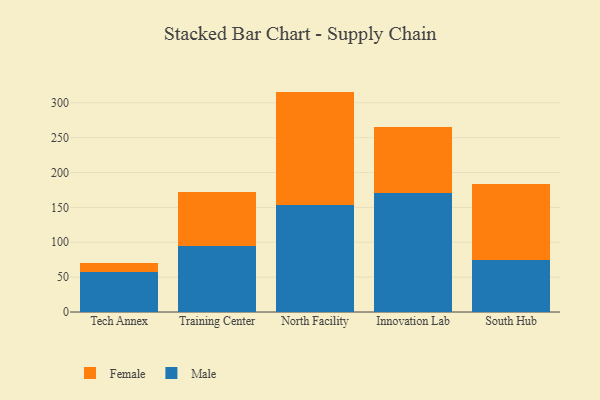
{"axis": {"x": "Campus", "y": "Tickets Resolved"}, "legend": ["Female", "Male"], "data": [{"x": "Tech Annex", "y": 57.3, "type": "Male"}, {"x": "Tech Annex", "y": 13.5, "type": "Female"}, {"x": "Training Center", "y": 94.4, "type": "Male"}, {"x": "Training Center", "y": 78.3, "type": "Female"}, {"x": "North Facility", "y": 153.9, "type": "Male"}, {"x": "North Facility", "y": 162.1, "type": "Female"}, {"x": "Innovation Lab", "y": 170.8, "type": "Male"}, {"x": "Innovation Lab", "y": 94.5, "type": "Female"}, {"x": "South Hub", "y": 73.9, "type": "Male"}, {"x": "South Hub", "y": 109.5, "type": "Female"}]}